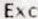
EXC